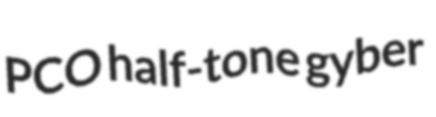
PCO half-tone gyber